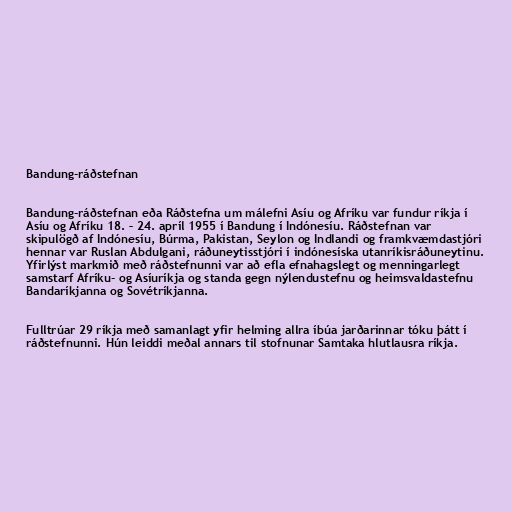
Bandung-ráðstefnan

Bandung-ráðstefnan eða Ráðstefna um málefni Asíu og Afríku var fundur ríkja í
Asíu og Afríku 18. – 24. apríl 1955 í Bandung í Indónesíu. Ráðstefnan var
skipulögð af Indónesíu, Búrma, Pakistan, Seylon og Indlandi og framkvæmdastjóri
hennar var Ruslan Abdulgani, ráðuneytisstjóri í indónesíska utanríkisráðuneytinu.
Yfirlýst markmið með ráðstefnunni var að efla efnahagslegt og menningarlegt
samstarf Afríku- og Asíuríkja og standa gegn nýlendustefnu og heimsvaldastefnu
Bandaríkjanna og Sovétríkjanna.

Fulltrúar 29 ríkja með samanlagt yfir helming allra íbúa jarðarinnar tóku þátt í
ráðstefnunni. Hún leiddi meðal annars til stofnunar Samtaka hlutlausra ríkja.